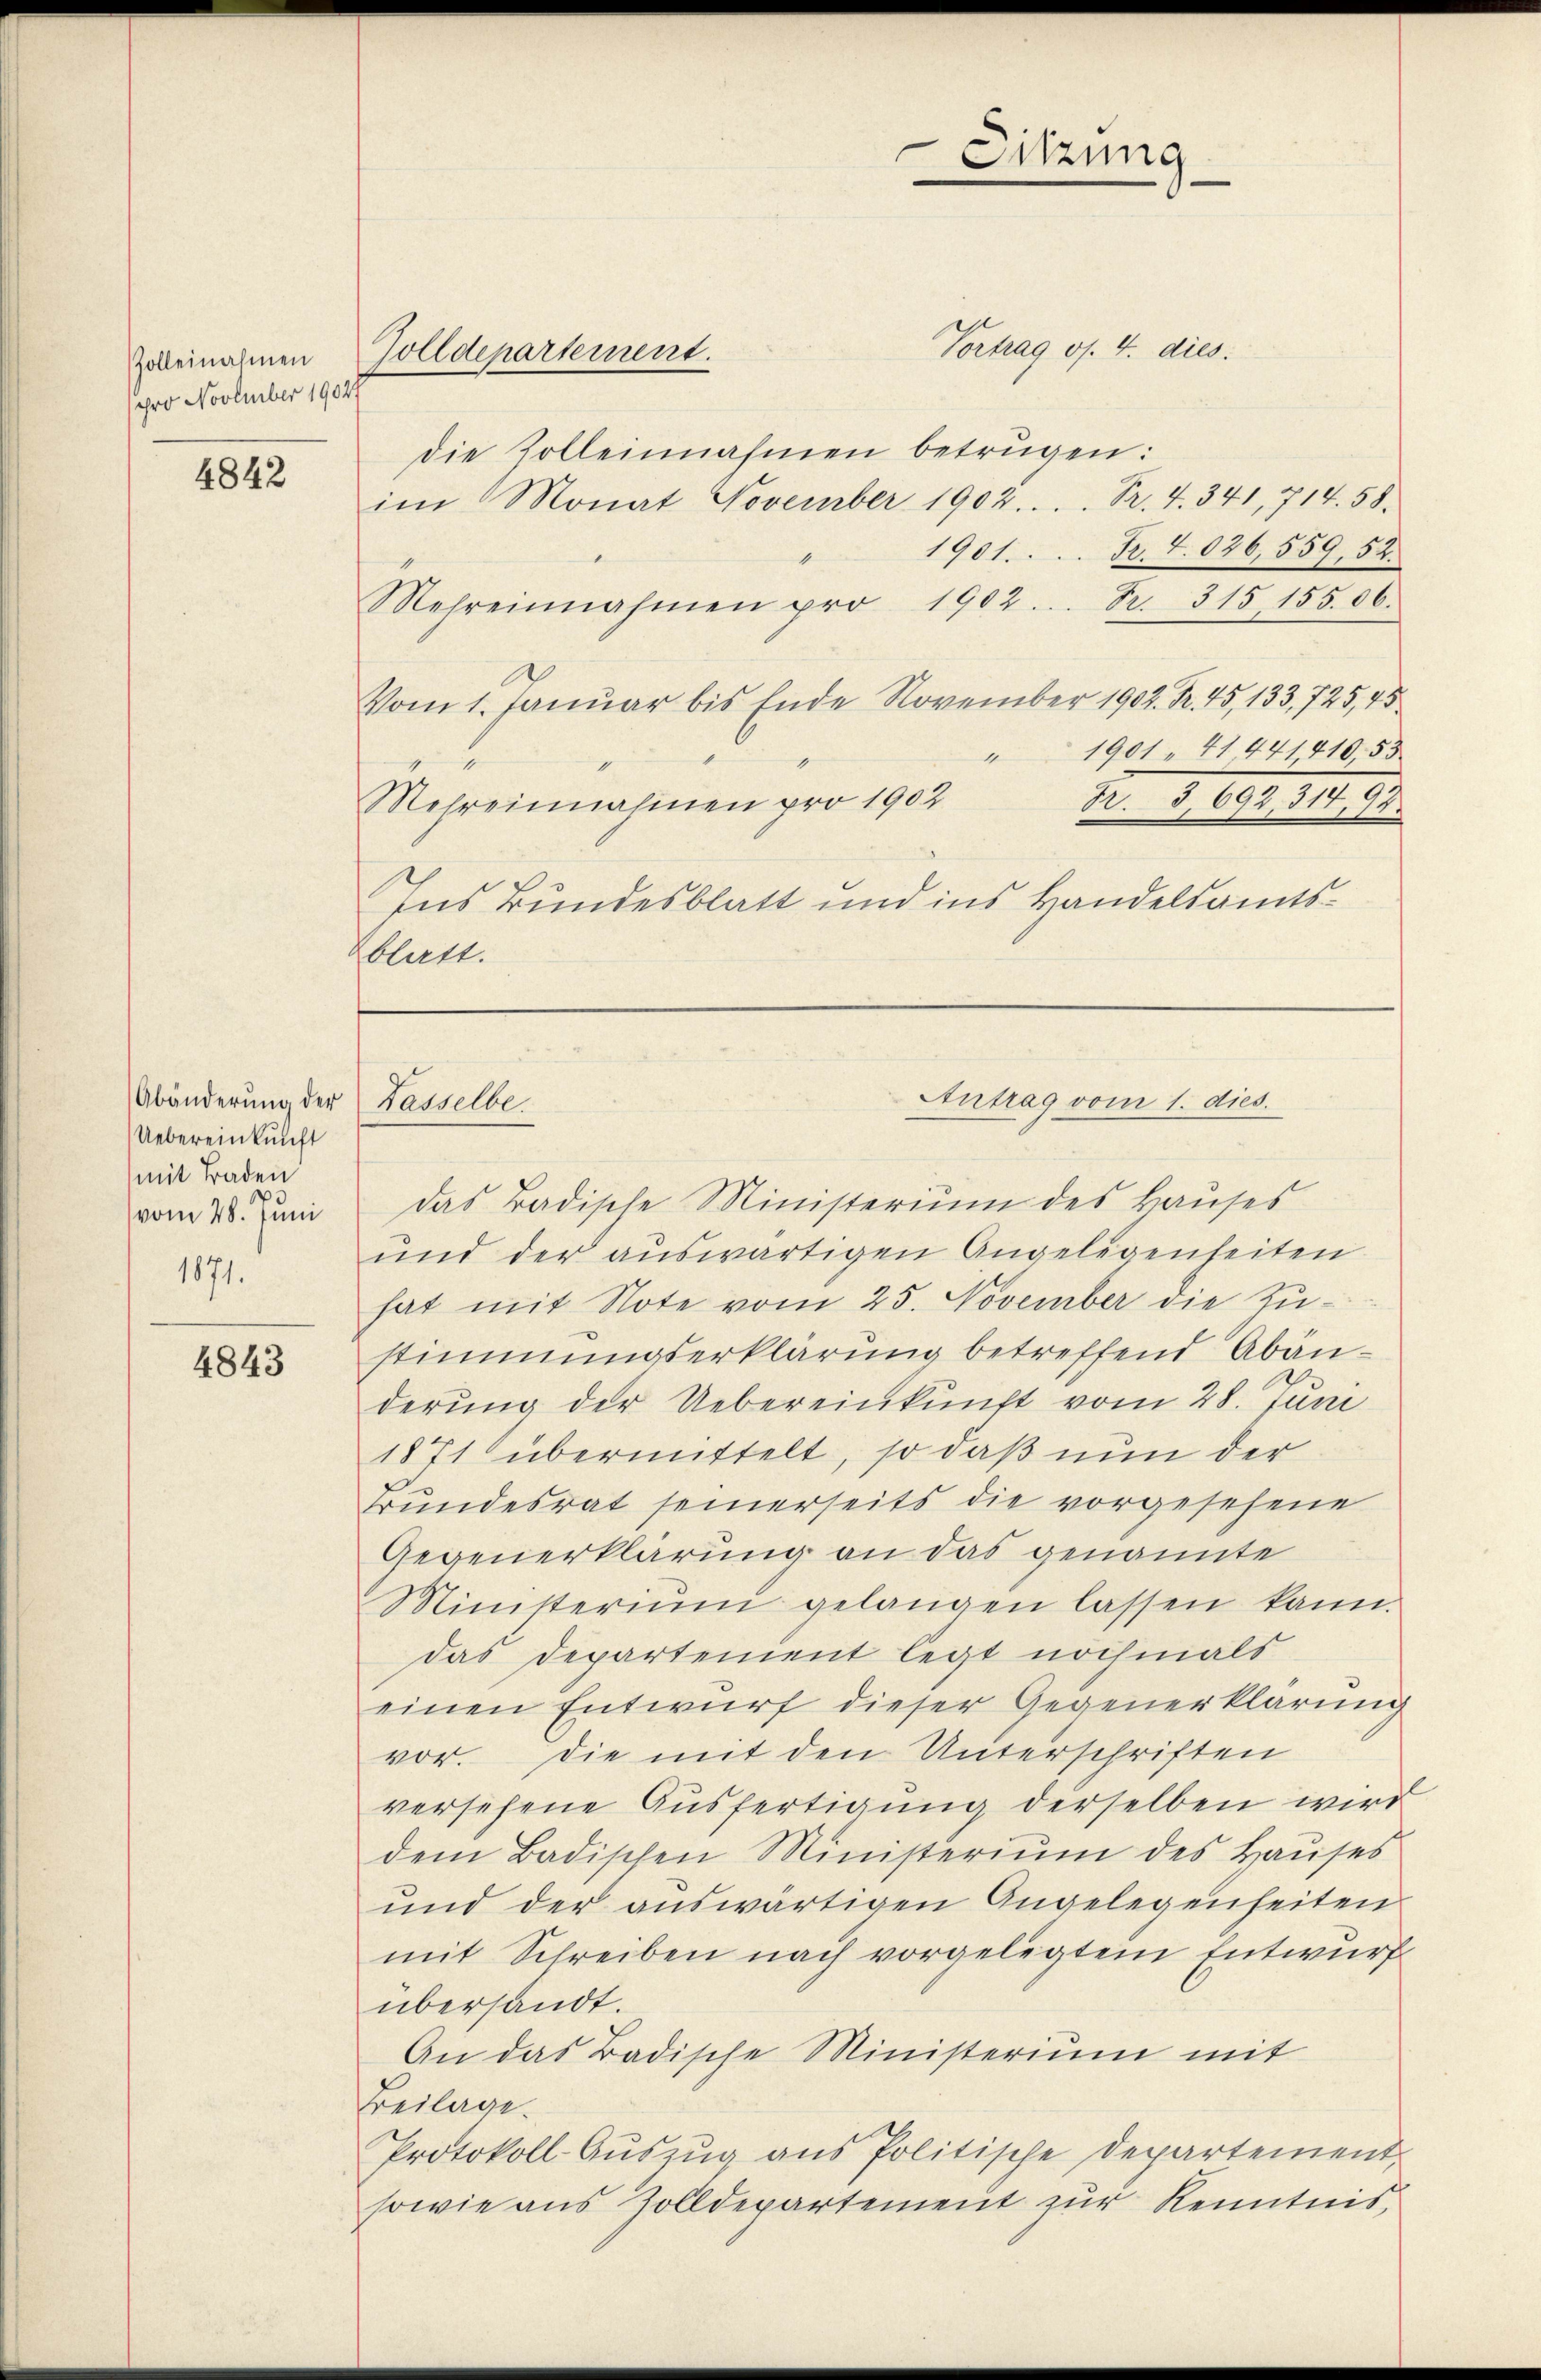
Zolleinahmen
pro November 19027

4842

Abänderung der
Uebereinkunft
mit Baden
d
vom 28. Juni
1871.

4843

Vortrag os. 4. dies:
die Zolleinnahmen betrügen:
im Monat November 1902. . . . Pr. 4. 341, 714. 58.
1901. Pr. 4036,559, 52.
Mehreinnahmen pro 1902. S. 315 155. 06.
Vom 1. Januar bis Ende November 1902. Kr. 45, 133, 725,45
1901. 41441410. 53
1
Pr. S. 692,314,97.
Mehreinnahmen pro 1902
Ins Bundesblatt und ins Handelsamtszblatt.

Zolldepartement.

Tasselber

das Badische Ministerium des Hauses
und der auswärtigen Angelegenheiten
hat mit Note vom 25. November die Zustimmungserklärung betreffend Abänderung der Uebereinkunft vom 28. Juni
1871 übermittelt, so daß nun der
Bundesrat seinerseits die vorgesehene
Gegenerklärung an das genannte
Ministerium gelangen lassen kann.
das Departement legt nochmals
einen Entwurf dieser Gegenerklärung
vor. Die mit den Unterschriften
versehene Ausfertigung derselben wird
dem Badischen Ministeriŭm des Haŭses
und der auswärtigen Angelegenheiten
mit Schreiben nach vorgelegtem Entwurf
übersandt.
An das Badische Ministerium mit
Beilage.
Protokoll-Aŭszŭg ans Politische Departement
sowie aus Zolldepartement zŭr Kenntnis,

Sitzung

Antrag vom 1. dies.